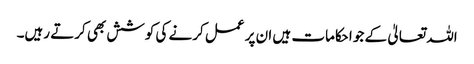
اللہ تعالیٰ کے جو احکامات ہیں ان پر عمل کرنے کی کوشش بھی کرتے رہیں۔